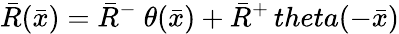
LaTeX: {\bar{R}}({\bar{x}})={\bar{R}}^{-}\ \theta({\bar{x}})+{\bar{R}}^{+}\, theta(-{\bar{x}})